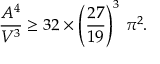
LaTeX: \frac { A ^ { 4 } } { V ^ { 3 } } \ge 3 2 \times \left( \frac { 2 7 } { 1 9 } \right) ^ { 3 } \, \pi ^ { 2 } .